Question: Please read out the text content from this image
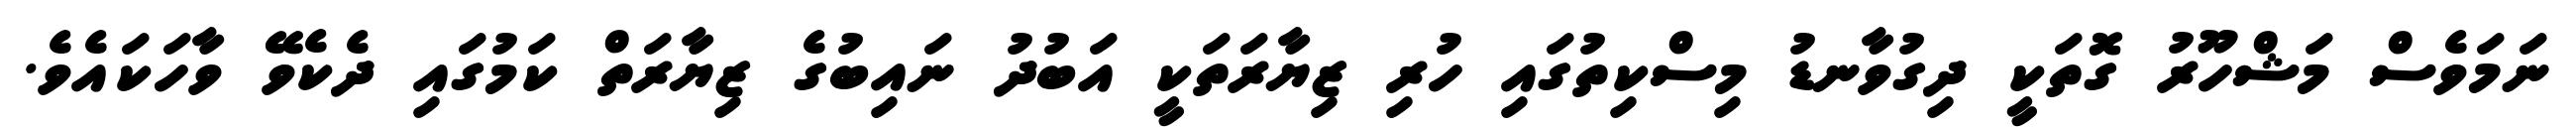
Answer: ނަމަވެސް މަޝްހޫރު ގޮތަކީ ދިގުވާނޑު މިސްކިތުގައި ހުރި ޒިޔާރަތަކީ އަބުދު ނައިބުގެ ޒިޔާރަތް ކަމުގައި ދެކެވޭ ވާހަކައެވެ.